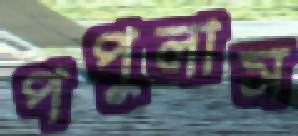
পপুলাস